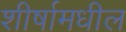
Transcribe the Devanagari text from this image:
शीर्षामधील